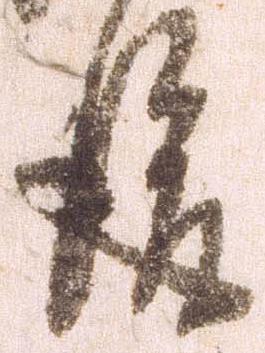
後